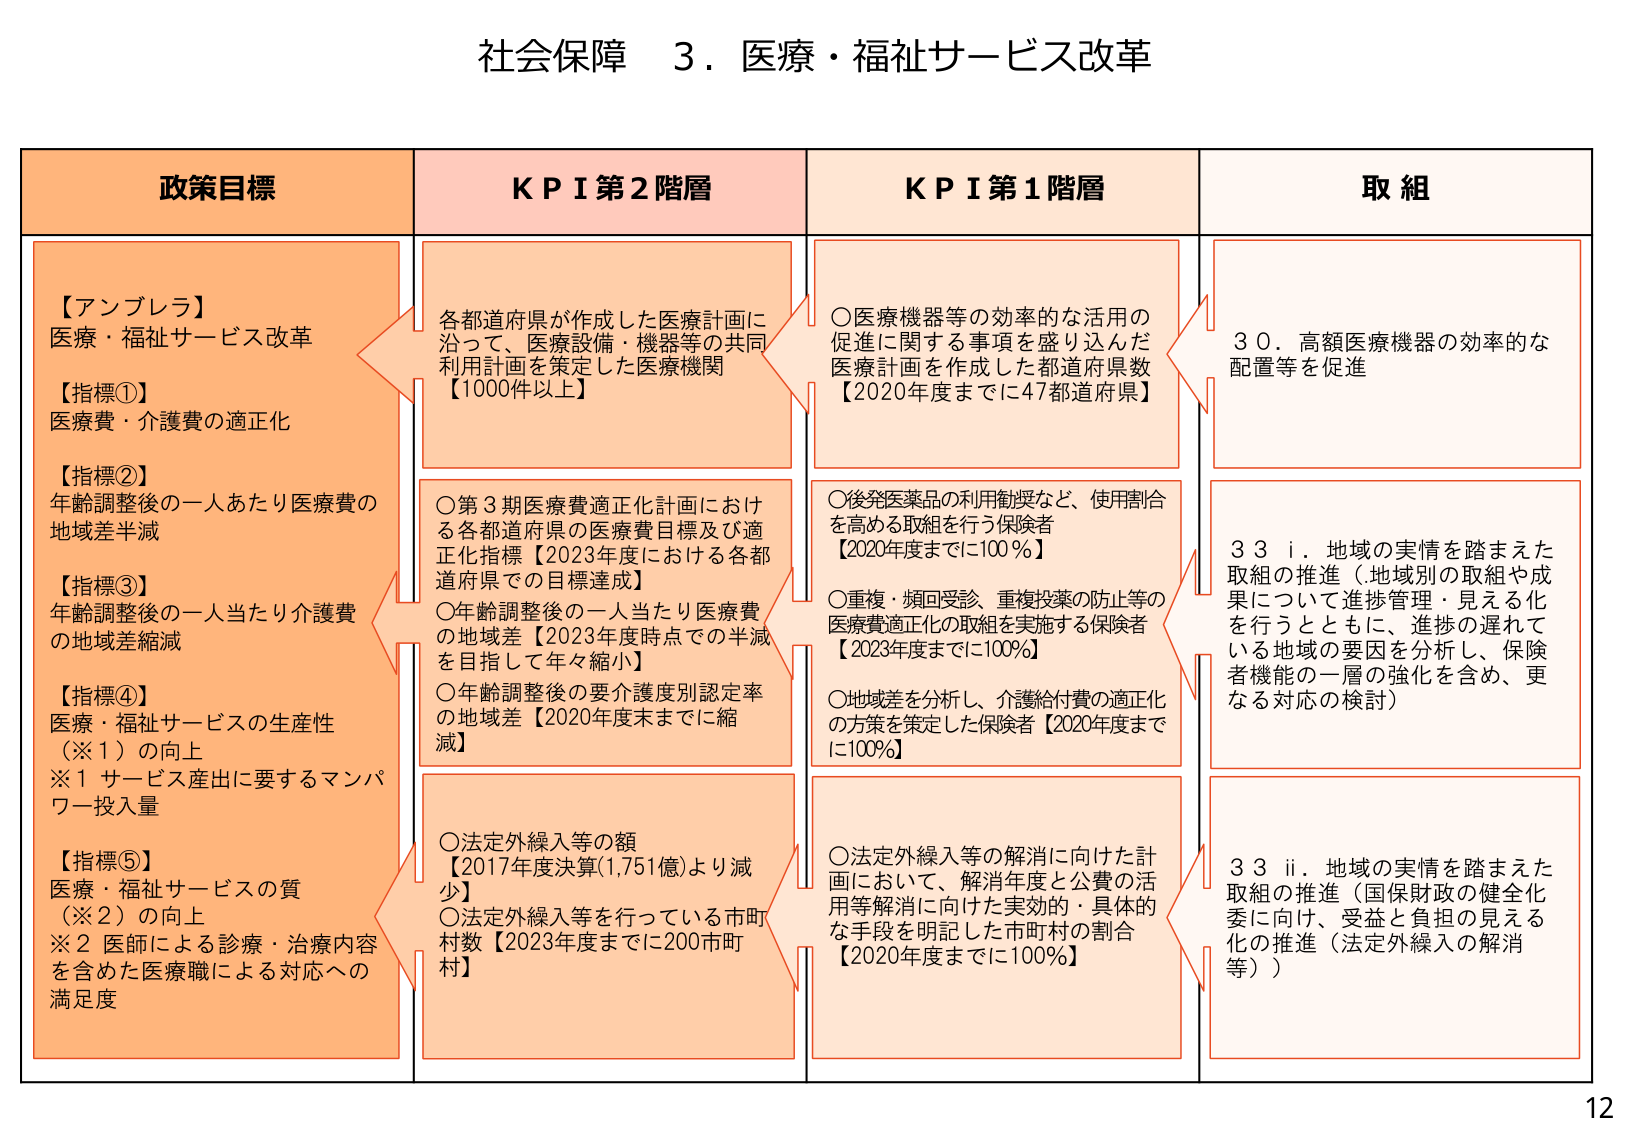
社会保障 ３．医療・福祉サービス改革

政策目標
【アンブレラ】
医療・福祉サービス改革
【指標①】
医療費・介護費の適正化
【指標②】
年齢調整後の一人あたり医療費の
地域差半減
【指標③】
年齢調整後の一人当たり介護費
の地域差縮減
【指標④】
医療・福祉サービスの生産性
（※１）の向上
※１ サービス産出に要するマンパ
ワー投入量
【指標⑤】
医療・福祉サービスの質
（※２）の向上
※２ 医師による診療・治療内容
を含めた医療職による対応への
満足度

ＫＰＩ第２階層
各都道府県が作成した医療計画に
沿って、医療設備・機器等の共同
利用計画を策定した医療機関
【1000件以上】
○第３期医療費適正化計画におけ
る各都道府県の医療費目標及び適
正化指標【2023年度における各都
道府県での目標達成】
○年齢調整後の一人当たり医療費
の地域差【2023年度時点での半減
を目指して年々縮小】
○年齢調整後の要介護度別認定率
の地域差【2020年度末までに縮
減】
○法定外繰入等の額
【2017年度決算(1,751億)より減
少】
○法定外繰入等を行っている市町
村数【2023年度までに200市町
村】

ＫＰＩ第１階層
○医療機器等の効率的な活用の
促進に関する事項を盛り込んだ
医療計画を作成した都道府県数
【2020年度までに47都道府県】
○後発医薬品の利用割奨など、使用割合
を高める取組を行う保険者
【2020年度までに100％】
○重複・頻回受診、重複投薬の防止等の
医療費適正化の取組を実施する保険者
【2023年度までに100％】
○地域差を分析し、介護給付費の適正化
の方策を策定した保険者【2020年度まで
に100％】
○法定外繰入等の解消に向けた計
画において、解消年度と公費の活
用等解消に向けた実効的・具体的
な手段を明記した市町村の割合
【2020年度までに100％】

取組
３０．高額医療機器の効率的な
配置等を促進
３３ ⅰ．地域の実情を踏まえた
取組の推進（地域別の取組や成
果について進捗管理・見える化
を行うとともに、進捗の遅れて
いる地域の要因を分析し、保険
者機能の一層の強化を含め、更
なる対応の検討）
３３ ⅱ．地域の実情を踏まえた
取組の推進（国保財政の健全化
委に向け、受益と負担の見える
化の推進（法定外繰入の解消
等））

12